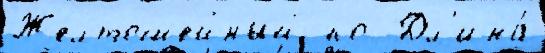
Желтошейный по  Дл'ина́